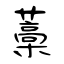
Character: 藁